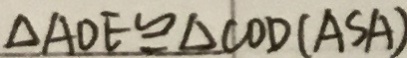
\Delta A D E \cong \Delta C O D ( A S A )